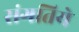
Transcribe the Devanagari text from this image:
संगतिये